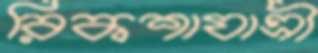
রিকশাযাত্রী